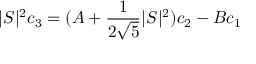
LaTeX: | S | ^ { 2 } c _ { 3 } = ( A + { \frac { 1 } { 2 \sqrt 5 } } | S | ^ { 2 } ) c _ { 2 } - B c _ { 1 }